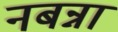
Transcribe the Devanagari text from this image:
नबन्ना